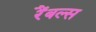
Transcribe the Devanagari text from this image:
रैंबल्स